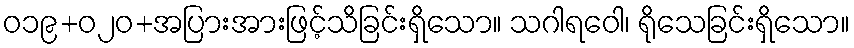
ဝ၁၉+၀၂ဝ+အပြားအားဖြင့်သိခြင်းရှိသော။ သဂါရဝေါ၊ ရိုသေခြင်းရှိသော။